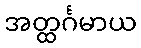
အတ္ထင်္ဂမာယ